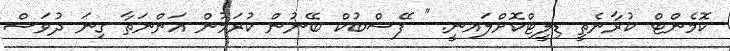
ކޮމެންޓް ކުރާނެތީ ޑިލީޓްކޮށްލައނީ. " ފޭސްބުކް ބޭނުން ކުރަމުން އަންނަތާ ގިނަ ދުވަސް